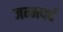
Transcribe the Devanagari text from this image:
जन्मपर्व